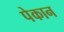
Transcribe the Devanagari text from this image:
पेकान